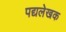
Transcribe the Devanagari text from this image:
पद्यलेखक